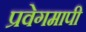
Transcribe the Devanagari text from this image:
प्रवेगमापी